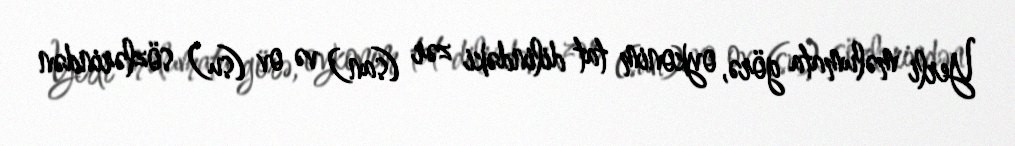
Yerli məlumata görə, oykonim tat dilindəki zər (san) və ov (su) sözlərindən